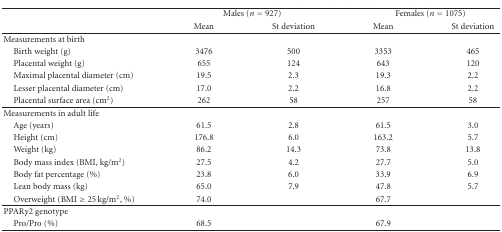
<table><thead><tr><td></td><td colspan="2"><b>Males (<i>n</i> = 927)</b></td><td colspan="2"><b>Females (<i>n</i> = 1075)</b></td></tr><tr><td></td><td><b>Mean</b></td><td><b>St deviation</b></td><td><b>Mean</b></td><td><b>St deviation</b></td></tr></thead><tbody><tr><td>Measurements at birth</td><td></td><td></td><td></td><td></td></tr><tr><td> Birth weight (g)</td><td>3476</td><td>500</td><td>3353</td><td>465</td></tr><tr><td> Placental weight (g)</td><td>655</td><td>124</td><td>643</td><td>120</td></tr><tr><td> Maximal placental diameter (cm)</td><td>19.5</td><td>2.3</td><td>19.3</td><td>2.2</td></tr><tr><td> Lesser placental diameter (cm)</td><td>17.0</td><td>2.2</td><td>16.8</td><td>2.2</td></tr><tr><td> Placental surface area (cm<sup>2</sup>)</td><td>262</td><td>58</td><td>257</td><td>58</td></tr><tr><td>Measurements in adult life</td><td></td><td></td><td></td><td></td></tr><tr><td> Age (years)</td><td>61.5</td><td>2.8</td><td>61.5</td><td>3.0</td></tr><tr><td> Height (cm)</td><td>176.8</td><td>6.0</td><td>163.2</td><td>5.7</td></tr><tr><td> Weight (kg)</td><td>86.2</td><td>14.3</td><td>73.8</td><td>13.8</td></tr><tr><td> Body mass index (BMI, kg/m<sup>2</sup>)</td><td>27.5</td><td>4.2</td><td>27.7</td><td>5.0</td></tr><tr><td> Body fat percentage (%)</td><td>23.8</td><td>6.0</td><td>33.9</td><td>6.9</td></tr><tr><td> Lean body mass (kg)</td><td>65.0</td><td>7.9</td><td>47.8</td><td>5.7</td></tr><tr><td> Overweight (BMI ≥ 25 kg/m<sup>2</sup>, %)</td><td>74.0</td><td></td><td>67.7</td><td></td></tr><tr><td>PPAR<i>γ</i>2 genotype</td><td></td><td></td><td></td><td></td></tr><tr><td> Pro/Pro (%)</td><td>68.5</td><td></td><td>67.9</td><td></td></tr></tbody></table>